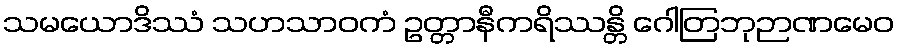
သမယောဒိဿံ သဟသာဝကံ ဥတ္တာနီကရိဿန္တိ ဂေါတြဘုဉာဏမေဝ